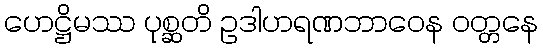
ဟေဋ္ဌိမဿ ပုစ္ဆတိ ဥဒါဟရဏဘာဝေန ဝတ္တနေ